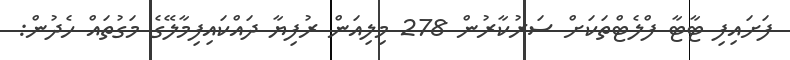
ފަށައިފި ޓާޓާ ފްލެޓްތަކަށް ސަރުކާރުން 278 މިލިއަން ރުފިޔާ ދައްކައިފިމާލޭގެ މަގުތައް ހެދުން: